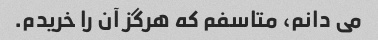
می دانم، متاسفم که هرگز آن را خریدم.